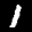
Label: 1